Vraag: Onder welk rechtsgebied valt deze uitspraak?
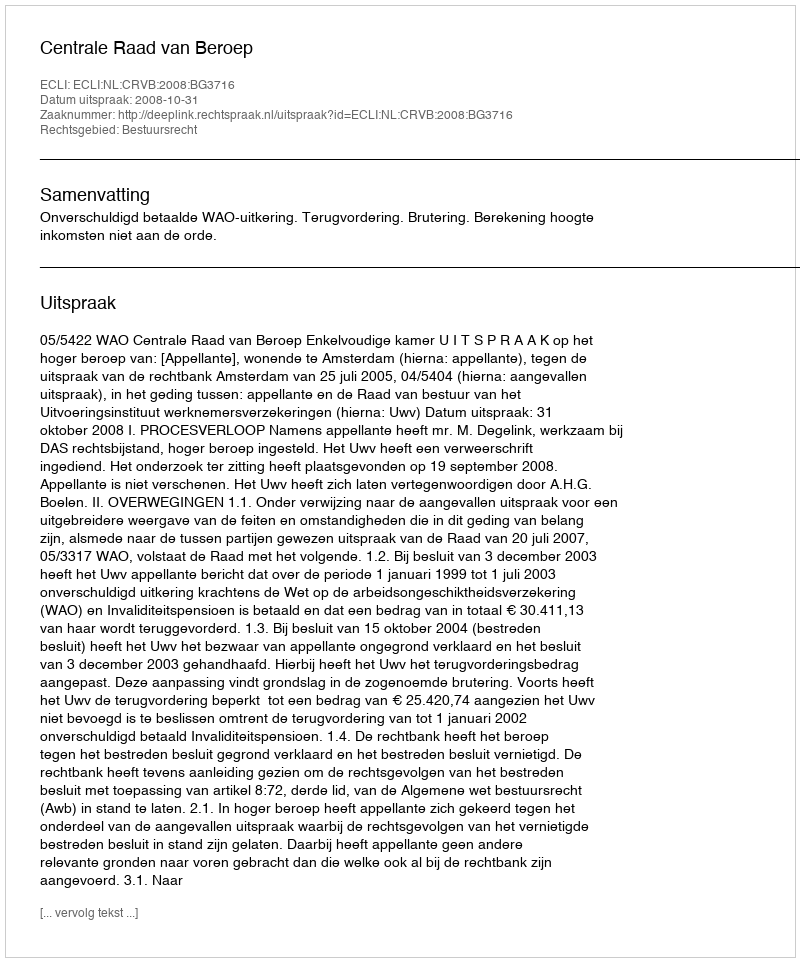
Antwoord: Bestuursrecht